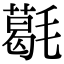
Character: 𣰌